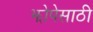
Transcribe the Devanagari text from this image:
झोपेसाठी